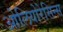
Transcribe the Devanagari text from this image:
ओलियोरेसिन्स